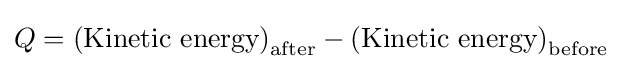
Q=\left({\text{Kinetic energy}}\right)_{\text{after}}-\left({\text{Kinetic energy}}\right)_{\text{before}}